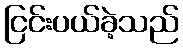
ငြင်းပယ်ခဲ့သည်